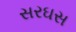
સરઘસ